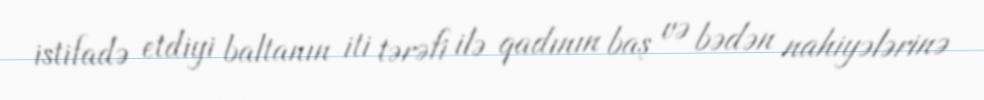
istifadə etdiyi baltanın iti tərəfi ilə qadının baş və bədən nahiyələrinə